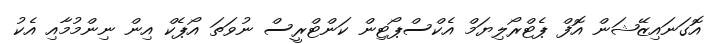
އޮގަނައިޒޭޝަން އޮފް ޕެޓްރޯލިޔަމް އެކްސްޕޯޓިން ކަންޓްރީސް ނުވަތަ އޯޕެކް އިން ނިންމުމާއި އެކު